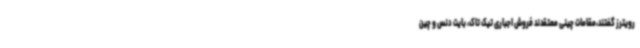
رویترز گفتند،مقامات چینی معتقدند فروش اجباری تیک تاک، بایت دنس و چین